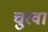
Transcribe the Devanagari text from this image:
चुरवा